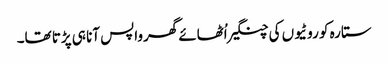
ستارہ کو روٹیوں کی چنگیر اُٹھائے گھرواپس آنا ہی پڑتا تھا۔